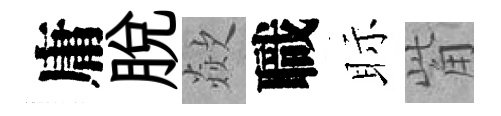
庸脱歘職眎觜